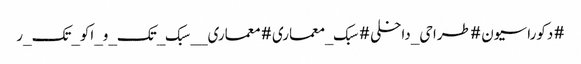
#دکوراسیون #طراحی_داخلی #سبک_معماری #معماری__سبک_تک_و_اکو_تک_ر